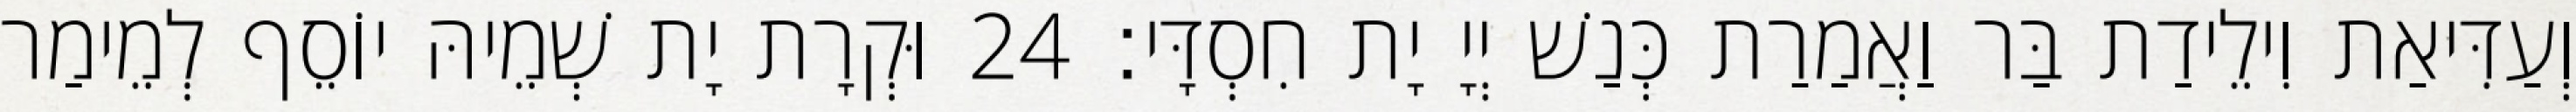
וְעַדִּיאַת וִילֵידַת בַּר וַאֲמַרַת כְּנַשׁ יְיָ יָת חִסְדָּי׃ 24 וּקְרָת יָת שְׁמֵיהּ יוֹסֵף לְמֵימַר